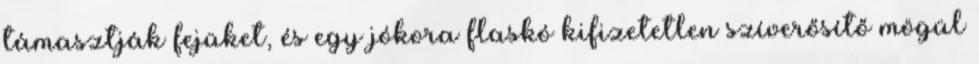
támasztják fejüket, és egy jókora flaskó kifizetetlen szíverősítő mögül